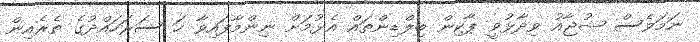
ނަމަވެސް ޝުޖާއު ވިދާޅުވީ ޕާކިން ބިލްޑިންތައް އެޅުމަށް ނިންމާފައިވާ ހަ ސަރަހައްދުގެ ތެރެއިން